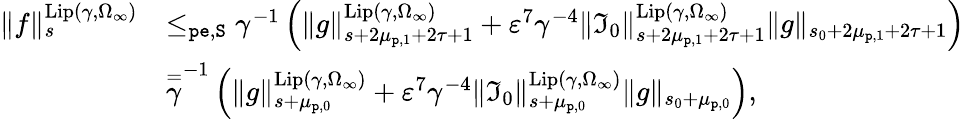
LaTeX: \begin{array}{rl}{\rVert f\rVert_{s}^{\mathrm{Lip}(\gamma,\Omega_{\infty})}}&{\le_{\mathtt{pe},\mathtt{S}}\gamma^{-1}\left(\rVert g\rVert_{s+2\mu_{\mathtt{p},1}+2\tau+1}^{\mathrm{Lip}(\gamma,\Omega_{\infty})}+\varepsilon^{7}\gamma^{-4}\rVert\mathfrak{I}_{0}\rVert_{s+2\mu_{\mathtt{p},1}+2\tau+1}^{\mathrm{Lip}(\gamma,\Omega_{\infty})}\rVert g\rVert_{s_{0}+2\mu_{\mathtt{p},1}+2\tau+1}\right)}\\ &{\overset=\gamma^{-1}\left(\rVert g\rVert_{s+\mu_{\mathtt{p},0}}^{\mathrm{Lip}(\gamma,\Omega_{\infty})}+\varepsilon^{7}\gamma^{-4}\rVert\mathfrak{I}_{0}\rVert_{s+\mu_{\mathtt{p},0}}^{\mathrm{Lip}(\gamma,\Omega_{\infty})}\rVert g\rVert_{s_{0}+\mu_{\mathtt{p},0}}\right),}\end{array}